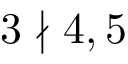
3 \nmid 4 , 5